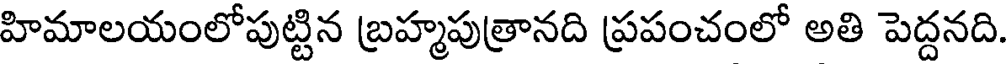
హిమాలయంలోపుట్టిన బ్రహ్మపుత్రానది ప్రపంచంలో అతి పెద్దనది.